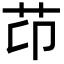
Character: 䒢